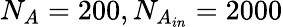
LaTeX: N_{A}=200,N_{A_{in}}=2000